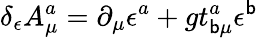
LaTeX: \delta_{\epsilon}A_{\mu}^{a}=\partial_{\mu}\epsilon^{a}+gt_{\mathsf{b}\mu}^{a}\epsilon^{\mathsf{b}}